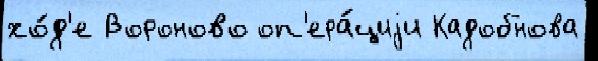
хо́д'е Вороново оп'ера́циjи Кадобнова